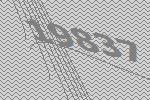
19837